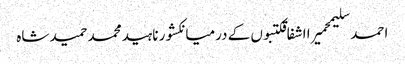
احمد سلیمحمیرا اشفاقکتبوں کے درمیانکشور ناہیدمحمد حمید شاہ